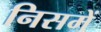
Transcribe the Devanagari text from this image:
निसमें